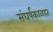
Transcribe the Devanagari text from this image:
संघर्षकाळात